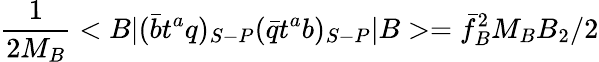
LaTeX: {\frac{1}{2M_{B}}}<B|(\bar{b}t^{a}q)_{S-P}(\bar{q}t^{a}b)_{S-P}|B>={\bar{f}_{B}^{2}}M_{B}B_{2}/2